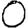
Digit: 0